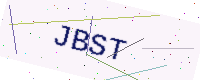
Text: JBST